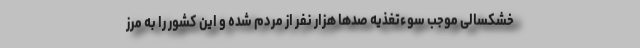
خشکسالی موجب سوءتغذیه صدها هزار نفر از مردم شده و این کشور را به مرز